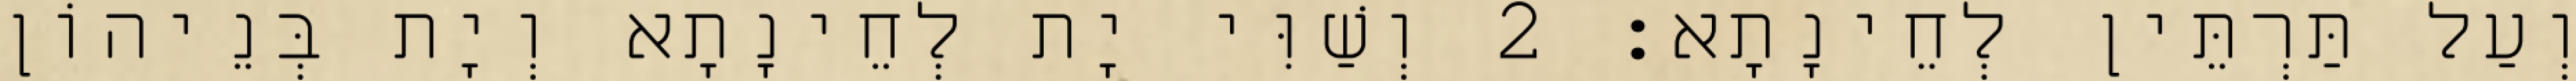
וְעַל תַּרְתֵּין לְחֵינָתָא׃ 2 וְשַׁוִּי יָת לְחֵינָתָא וְיָת בְּנֵיהוֹן